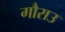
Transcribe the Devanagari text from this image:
गौराउ